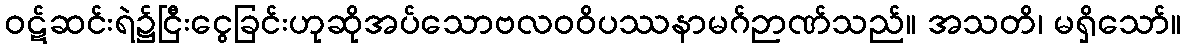
ဝဋ်ဆင်းရဲ၌ငြီးငွေခြင်းဟုဆိုအပ်သောဗလဝဝိပဿနာမဂ်ဉာဏ်သည်။ အသတိ၊ မရှိသော်။